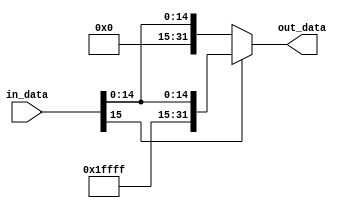
module signextend(
  
    input [15:0] in_data,
    output reg [31:0] out_data
);

always @(*) begin
    if (in_data[15] == 1) begin
        // Sign extension: fill upper 16 bits with 1s
        out_data = {16'b1111111111111111, in_data};
    end else begin
       

 // Zero extension: fill upper 16 bits with 0s
        out_data = {16'b0000000000000000, in_data};
    end
end

endmodule